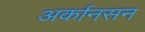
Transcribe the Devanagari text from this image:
अर्कानसन